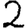
Digit: 2